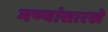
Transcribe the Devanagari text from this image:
मण्यांसारखे